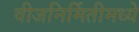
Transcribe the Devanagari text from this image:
वीजनिर्मितीमध्ये